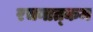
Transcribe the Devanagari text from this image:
रचनात्‍कम